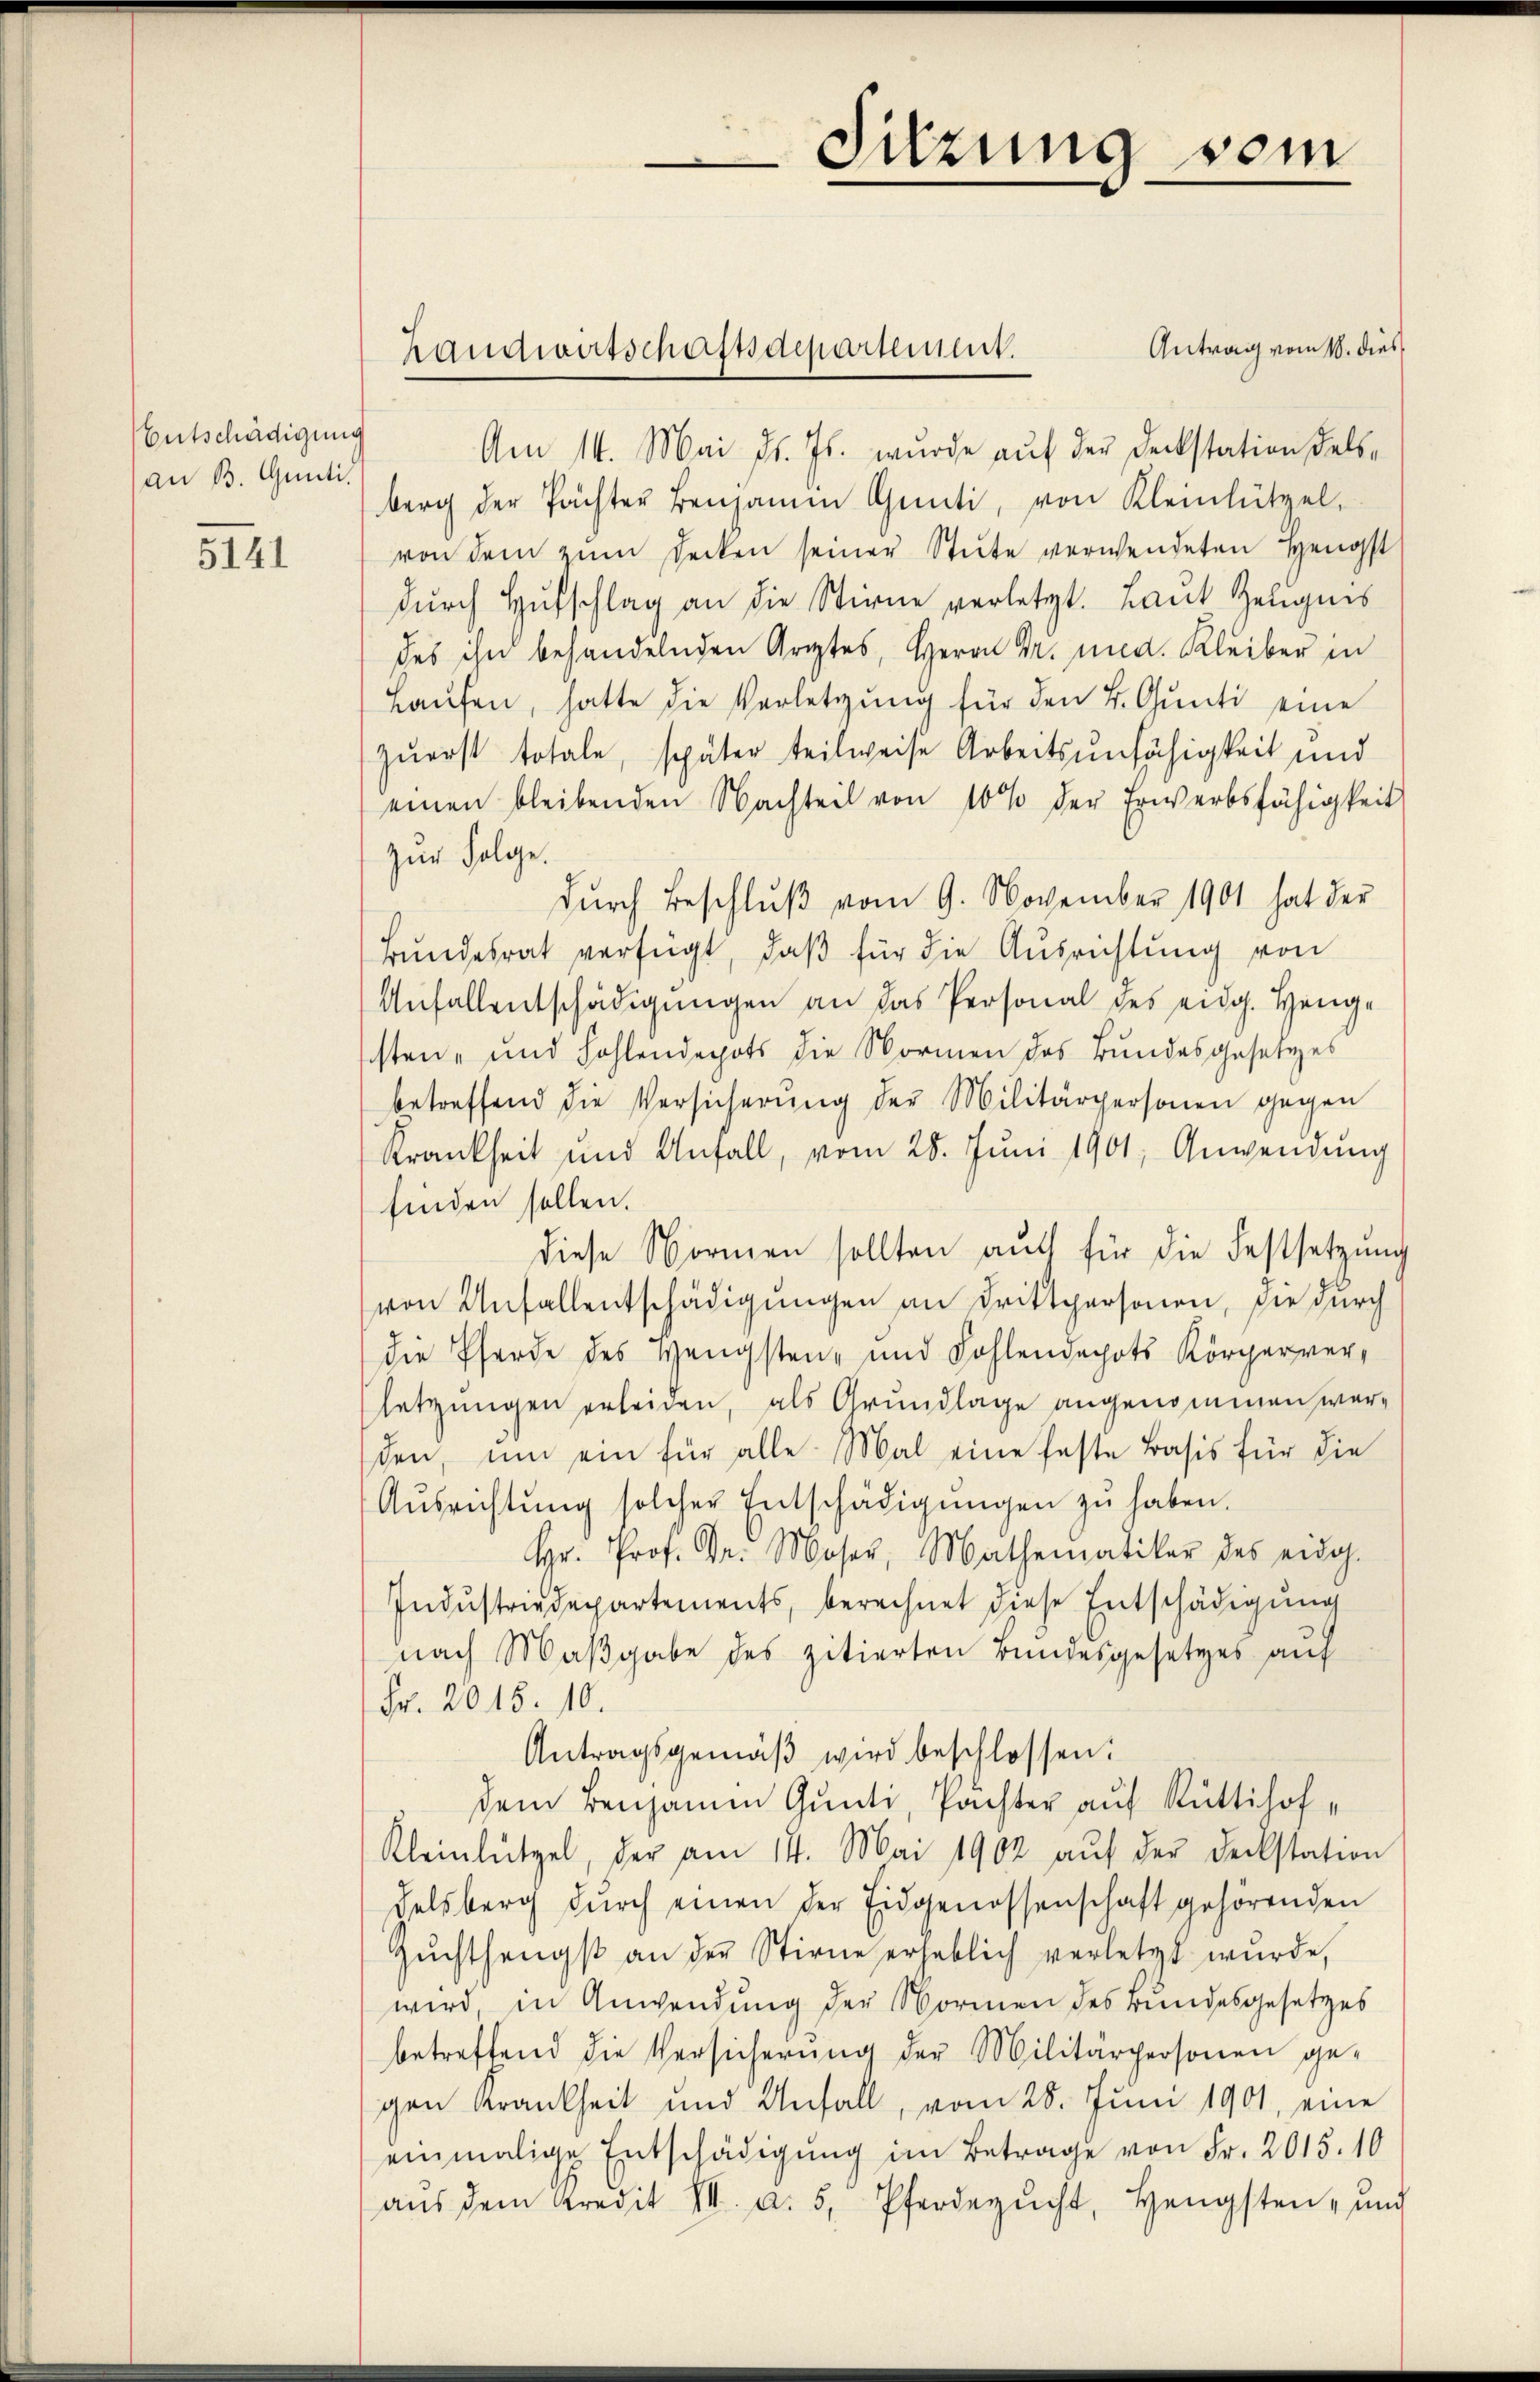
Entschädigung
an B. Gunti

5141

Antrag vom 18. dies
Am 14. Mai d. Js. wurde auf der Deckstation delsberg der Pächter Benjamin Günti, von Kleinlützel,
von dem zum Decken seiner Stute verwendeten Hengst
dŭrch Hufschlag an die Stirne verletzt. Laut Zeugnis
des ihn behandelnden Arztes, Herrn Dr. med. Kleiber in
Haŭfen, hatte die Verletzŭng für den 4. Gŭnti eine
zuerst totale, später teilweise Arbeitsunfähigkeit und
einen bleibenden Nachteil von 10 % der Erwerbsfähigkeit
zur Folge.
durch Beschluß vom 9. November 1901 hat der
Bundesrat verfügt, daβ für die Ausrichtung von
Anfallentschädigungen an das Personal des eidg. Hengsten- und hohlendepots die Normen des Bundesgesetzes
betreffend die Versicherŭng der Militärpersonen gegen
Krankheit und Unfall, vom 28. Juni 1901, Anwendung
finden sollen.
diese Normen sollten aŭf für die Festsetzŭng
von Unfallentschädigungen an Drittpersonen, die durch
die Pferde des Hengsten- und Kohlendepots Körperverletzungen erleiden, als Grundlage angenommen werden, um ein für alle Mal eine feste Basis für die
Aŭsrichtŭng solcher Entschädigŭngen zŭ haben.
Hr. Prof. Dr. Moser, Mathematiker des eidg.
Industriedepartements, berechnet diese Entschädigung
nach Maßgabe des zitierten Bundesgesetzes auf
Fr. 2015. 10.
Antragsgemäβ wird beschlossen:
dem Benjammen Gunti, Pächter auf Rüttihof¬
Kleinlützel, der am 14. Mai 1902 aŭf der Deckstation
delsberg dŭrch einen der Eidgenossenschaft gehörenden
Zŭchthengst an der Stirne erheblich verletzt wŭrde,
wird in Anwendung der Normen des Bundesgesetzes
betreffend die Versicherung der Militärpersonen ge-
gen Krankheit und Anfall, vom 28. Juni 1901, eine
einmalige Entschädigŭng im Betrage von Fr. 2015. 10
aŭs dem Kredit III. a. 5. Pferdezŭcht, Hengsten- und

Landwirtschaftsdepartement.

Sitzung vom